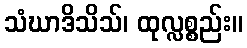
သံဃာဒိသိသ်၊ ထုလ္လစ္စည်း။